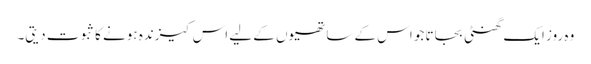
وہ روز ایک گھنٹی بجاتا جو اس کے ساتھیوں کے لیے اس کیزندہ ہونے کا ثبوت دیتی۔